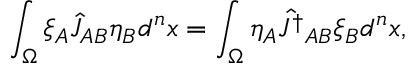
\int _ { \Omega } \xi _ { A } \hat { J } _ { A B } \eta _ { B } d ^ { n } x = \int _ { \Omega } \eta _ { A } \hat { J ^ { \dagger } } _ { A B } \xi _ { B } d ^ { n } x ,